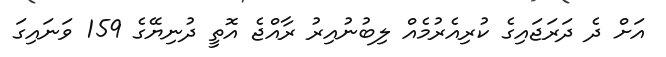
އަށް ދެ ދަރަޖައިގެ ކުރިއެރުމެއް ލިބުނުއިރު ރާއްޖެ އޮތީ ދުނިޔޭގެ 159 ވަނައިގަ